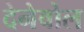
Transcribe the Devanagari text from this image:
देनेवोल